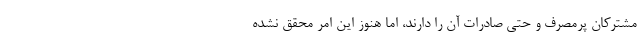
مشترکان پرمصرف و حتی صادرات آن را دارند، اما هنوز این امر محقق نشده